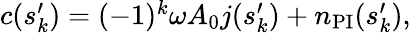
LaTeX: \begin{array}{r}{c(s_{k}^{\prime})=(-1)^{k}\omega A_{0}j(s_{k}^{\prime})+n_{\mathrm{PI}}(s_{k}^{\prime}),}\end{array}